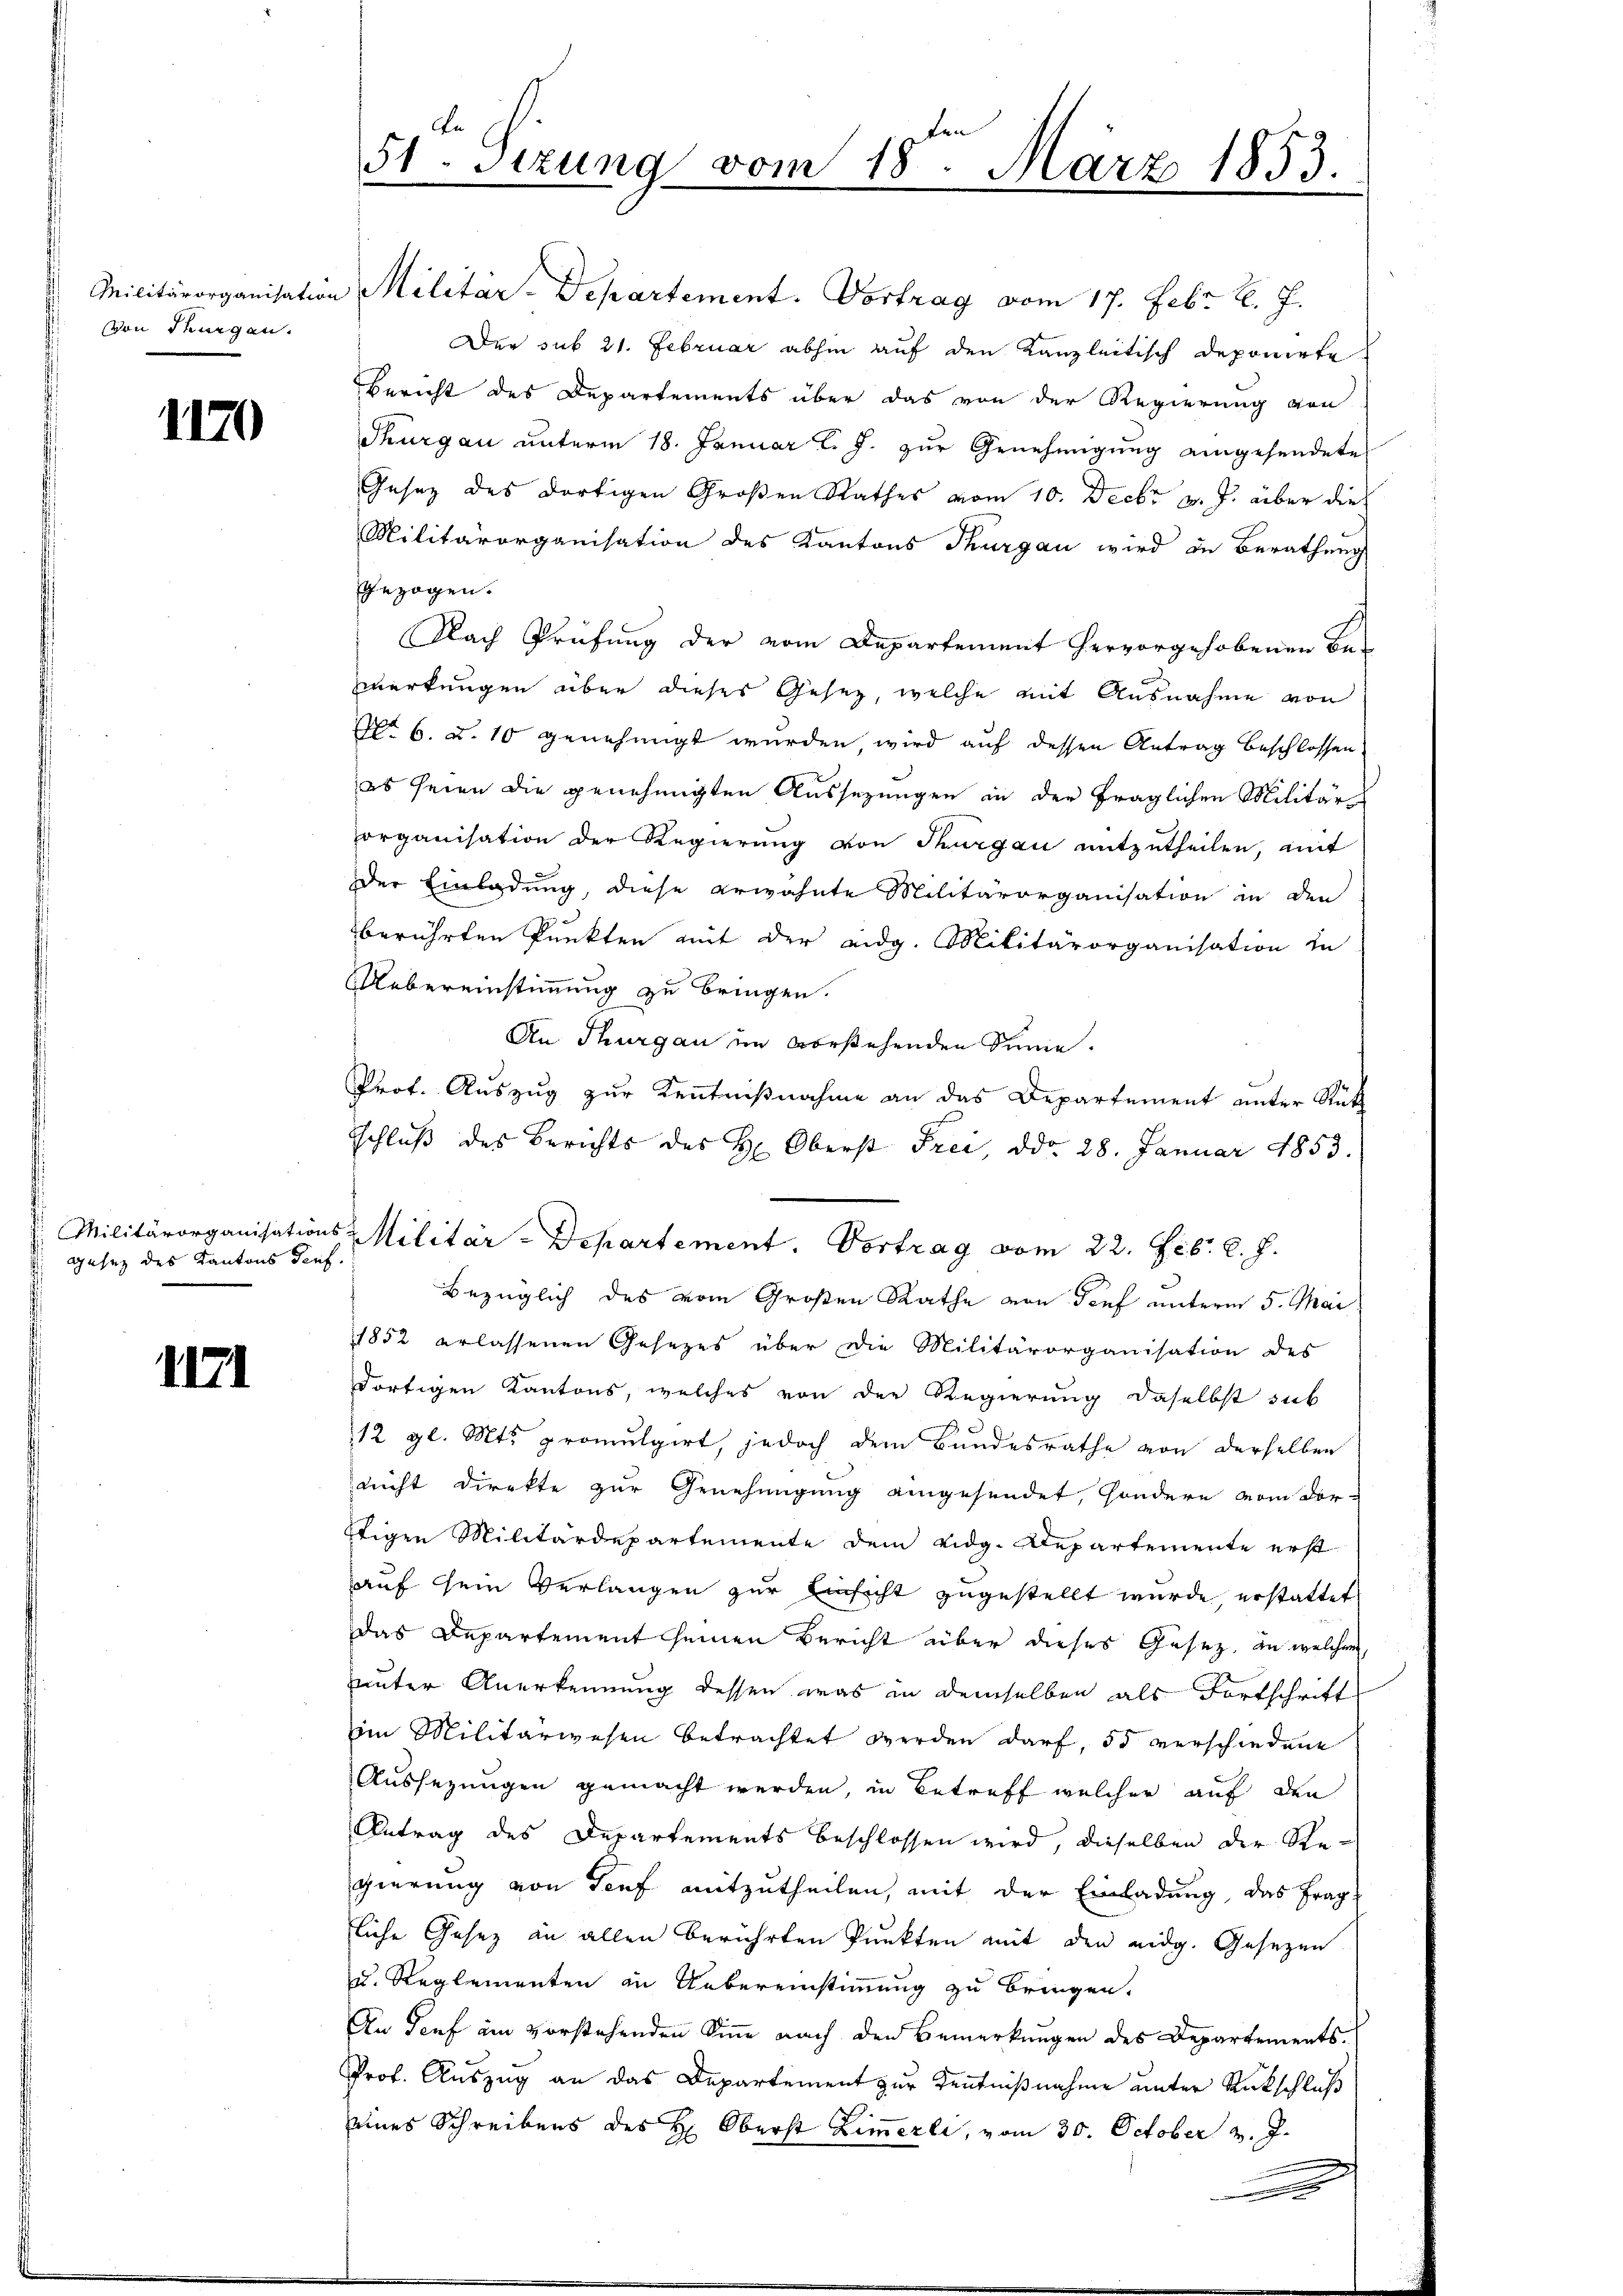
von Thurgau.

1170

.
gesez des Kantons Teuf

1171

Militärorganisation Militär-Departement. Vortrag vom 17. Febr. l. J.
Der sub 21. Februar abhin auf den Kanzleitisch deponirte
Bericht des Departements über das von der Regierung von
Thurgau unterm 18. Januar l. J. zur Genehmigung eingesendete
Gesetz des dortigen Großen Rathes vom 10. Decbr v. J. über die
Militärorganisation des Kantons Thurgau wird in Berathung
gezogen.
Nach Prüfung der vom Departement hervorgehobenen Be-
erkungen über dieses Gesez, welche mit Ausnahme von
No 6. u. 10 genehmigt wurden, wird auf dessen Antrag beschlossen,
es seien die genehmigten Aussezungen in der fraglichen Militärorganisation der Regierung von Thurgau mitzutheilen, mit
der Einladung, diese erwähnte Militärorganisation in den
berührten Punkten mit der eidg. Militärorganisation in
Uebereinstimmung zu bringen.
An Thurgau im vorstehenden Sinie.
Prof. Auszug zur Kenntnißnahme an das Departement unter Rüth
sschluß des Berichts des H. Oberst Frei, ddo 28. Januar 1853.
 Militärorganisations-Militär-Departement. Vortrag vom 22. Febr. l. J.
Bezüglich des vom Großen Rathe von Genf unterm 5. Mai
1852 erlassenen Gesetzes über die Militärorganisation des
dortigen Kantons, welches von der Regierung daselbst sub
12 gl. Mts. promulgirt, jedoch dem Bundesrathe von derselben
nicht direkte zur Genehmigung eingesendet, sondern vom dor-
ftigen Militärdepartemente dem eidg. Departemente erst
auf sein Verlangen zur Einsicht zugestellt wurde, erstattet
das Departement seinen Bericht aber dieses Gesez an welchen,
uunter Anerkennung dessen was in demselben als Fortschrift
im Militärwesen betrachtet werden darf, 35 verschiedene
Aussezungen gemacht werden, in Betreff welcher auf den
Antrag des Departements beschlossen wird, dieselben der Regierung von Senf mitzutheilen, mit der Einladung, das Frag
liche Gesez an allen berührten Punkten mit den eidg. Gesetzen
u. Reglementen in Uebereinstimmung zu bringen.
An Genf am vorstehenden Sinne nach den Bemerkungen des Departements¬
Prof. Auszug an das Departement zur Kenntnißnahme unter Rückschluß
eines Schreibens des H: Oberst Zimmerli, vom 30. October d. J.
x

51. Sizung vom 18. März 1853.